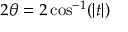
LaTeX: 2 \theta = 2 \cos ^ { - 1 } ( | t | )